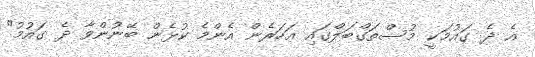
އެ ދެ ގައުމަކީ މުސްތަގްބަލްގައި އަހަރެން އެންމެ ކުޅެން ބޭނުންވާ ދެ ގައުމު"